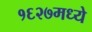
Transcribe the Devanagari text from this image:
१६२७मध्ये